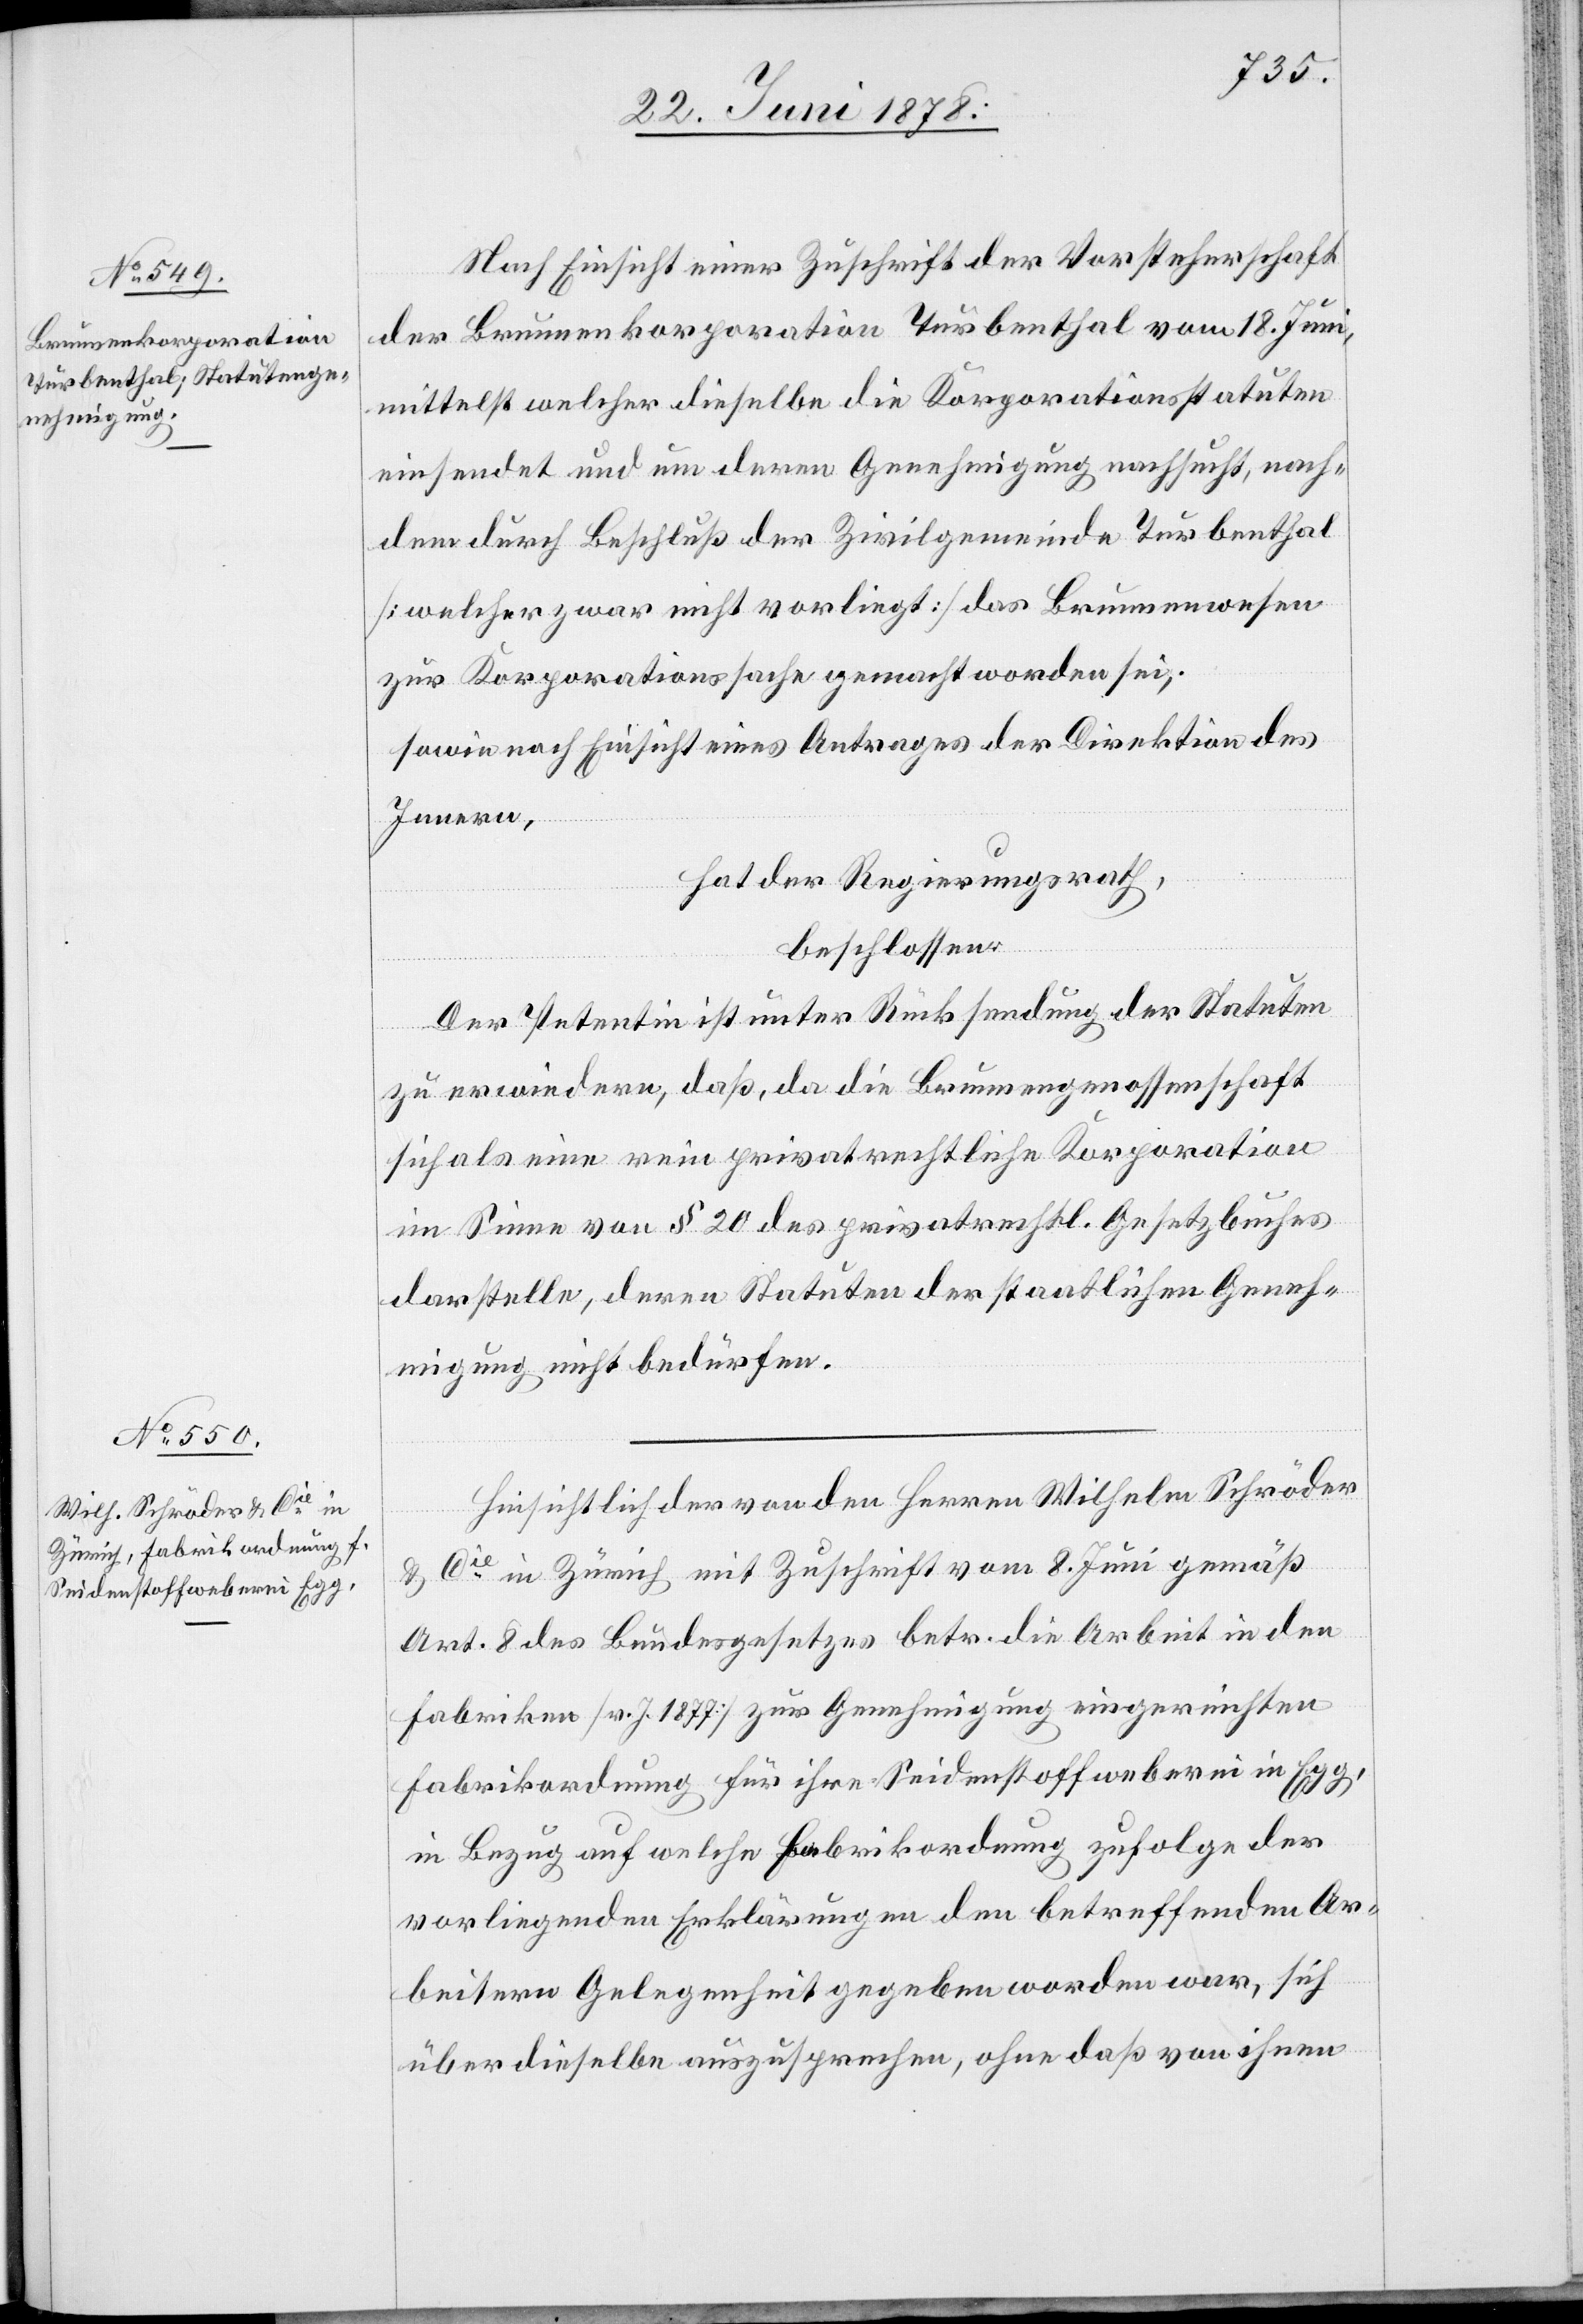
Nach Einsicht einer Zuschrift der Vorsteherschaft
der Brunnenkorporation Turbenthal vom 18. Juni,
mittelst welcher dieselbe die Korporationsstatuten
einsendet und um deren Genehmigung nachsucht, nach¬
dem durch Beschluß der Zivilgemeinde Turbenthal
[welcher zwar nicht vorliegt] das Brunnenwesen
zur Korporationssache gemacht worden sei,
sowie nach Einsicht eines Antrages der Direktion des
Innern,
hat der Regierungsrath,
beschlossen:
Der Petentin ist unter Rücksendung der Statuten
zu erwiedern, daß, da die Brunnengenossenschaft
sich als eine rein privatrechtliche Korporation
im Sinne von § 20 des privatrechtl. Gesetzbuches
darstelle, deren Statuten der staatlichen Geneh¬
migung nicht bedürfen.
Hinsichtlich der von den Herren Wilhelm Schröder
& Cie in Zürich mit Zuschrift vom 8. Juni gemäß
Art. 8 des Bundesgesetzes betr. die Arbeit in den
Fabriken [v. J. 1877] zur Genehmigung eingereichten
Fabrikordnung für ihre Seidenstoffweberei in Egg,
in Bezug auf welche Fabrikordnung zufolge der
vorliegenden Erklärungen den betreffenden Ar¬
beitern Gelegenheit gegeben worden war, sich
über dieselbe auszusprechen, ohne daß von ihnen